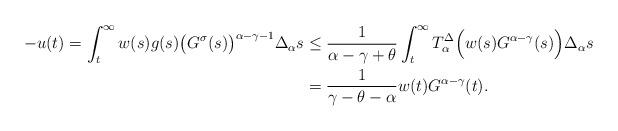
LaTeX: \begin{align*}-u(t)=\int_{t}^{\infty}w(s)g(s)\big(G^\sigma(s)\big)^{\alpha-\gamma-1}\Delta_{\alpha} s&\leq\frac{1}{\alpha-\gamma+\theta}\int_{t}^{\infty} T^{\Delta}_{\alpha} \Big(w(s)G^{\alpha-\gamma}(s)\Big)\Delta_{\alpha} s\\&=\frac{1}{\gamma-\theta-\alpha}w(t)G^{\alpha-\gamma}(t).\end{align*}